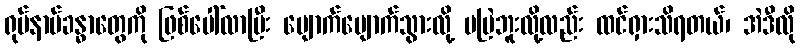
ရုပ်နာမ်ခန္ဓာတွေကို ဖြစ်ပေါ်လာပြီး ပျောက်ပျောက်သွားလို့ မမြဲဘူးလို့လည်း ထင်ရှားသိရတယ်၊ အဲဒီလို